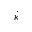
\dot { \kappa }